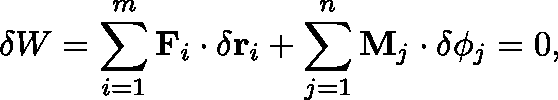
\delta W = \sum _ { i = 1 } ^ { m } \mathbf { F } _ { i } \cdot \delta \mathbf { r } _ { i } + \sum _ { j = 1 } ^ { n } \mathbf { M } _ { j } \cdot \delta \mathbf { \phi } _ { j } = 0 ,